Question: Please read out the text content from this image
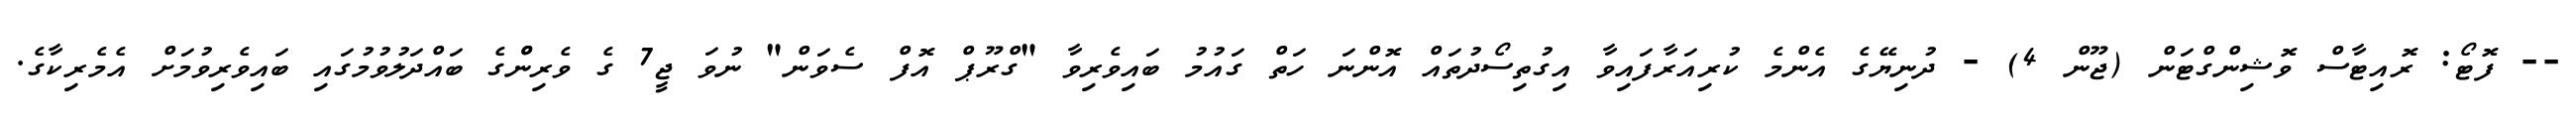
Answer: -- ފޮޓޯ: ރޮއިޓާސް ވޮޝިންގްޓަން (ޖޫން 4) - ދުނިޔޭގެ އެންމެ ކުރިއަރާފައިވާ އިގުތިސޯދުތައް އޮންނަ ހަތް ގައުމު ބައިވެރިވާ "ގްރޫޕް އޮފް ސެވަން" ނުވަ ޖީ7 ގެ ވެރިންްގެ ބައްދަލުވުމުގައި ބައިވެރިވުމަށް އެމެރިކާގެ.